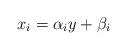
LaTeX: \begin{align*} x_{i}=\alpha_{i}y+\beta_{i}\end{align*}